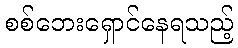
စစ်ဘေးရှောင်နေရသည့်